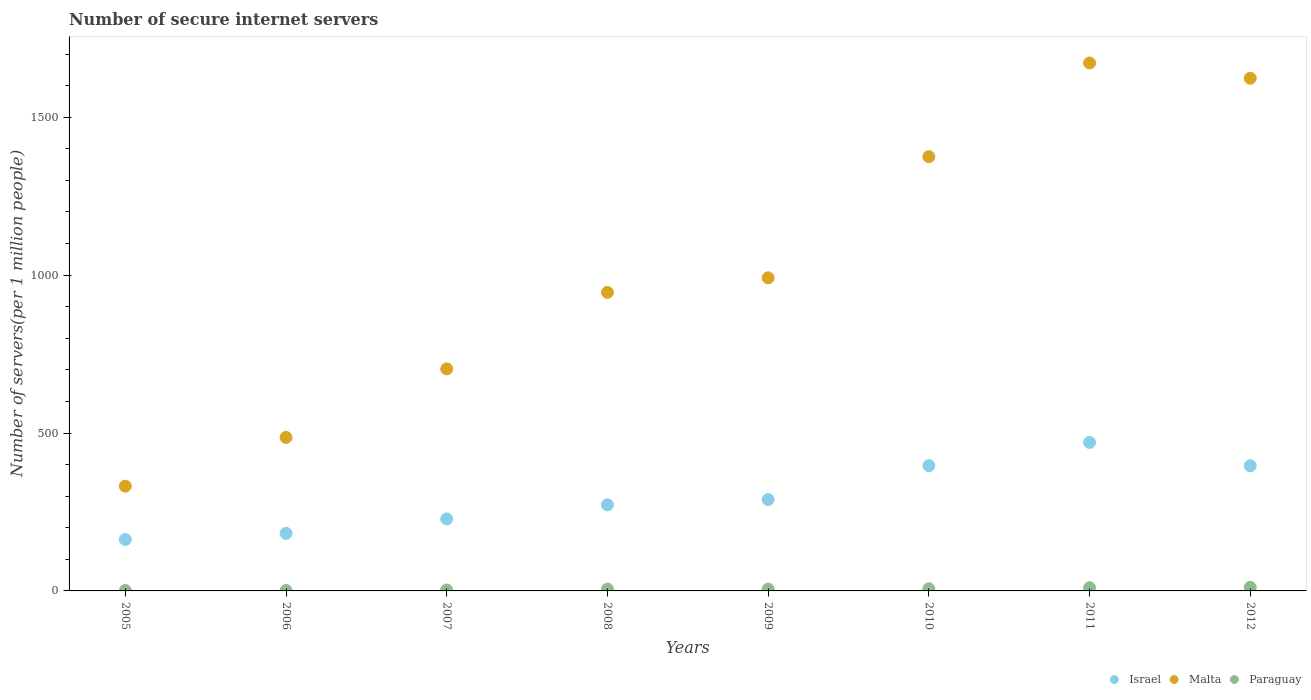
| Years | Israel | Malta | Paraguay |
 | --- | --- | --- | --- |
 | 2005 | 163 | 332 | 1.38 |
 | 2006 | 182 | 486 | 1.36 |
 | 2007 | 228 | 703 | 3.02 |
 | 2008 | 273 | 945 | 5.79 |
 | 2009 | 289 | 992 | 5.87 |
 | 2010 | 397 | 1.38e+03 | 6.92 |
 | 2011 | 470 | 1.67e+03 | 10.2 |
 | 2012 | 396 | 1.62e+03 | 11.4 |